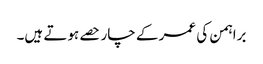
براہمن کی عمر کے چار حصے ہوتے ہیں۔